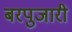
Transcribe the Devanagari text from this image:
बरपुजारी